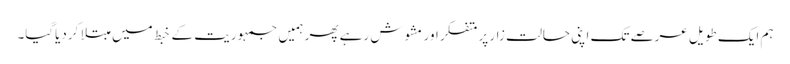
ہم ایک طویل عرصے تک اپنی حالت زار پر متفکر اور مشوش رہے پھر ہمیں جمہوریت کے خبط میں مبتلا کردیاگیا۔